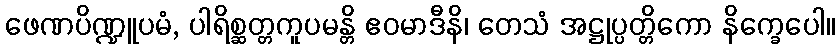
ဖေဏပိဏ္ဍူပမံ, ပါရိစ္ဆတ္တကူပမန္တိ ဧဝမာဒီနိ၊ တေသံ အဋ္ဌုပ္ပတ္တိကော နိက္ခေပေါ။